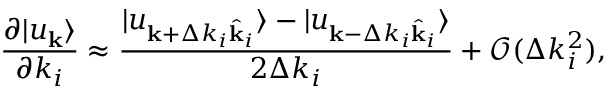
\frac { \partial | u _ { \mathbf { k } } \rangle } { \partial k _ { i } } \approx \frac { | u _ { \mathbf { k } + \Delta k _ { i } \hat { \mathbf { k } } _ { i } } \rangle - | u _ { \mathbf { k } - \Delta k _ { i } \hat { \mathbf { k } } _ { i } } \rangle } { 2 \Delta k _ { i } } + \mathcal { O } ( \Delta k _ { i } ^ { 2 } ) ,